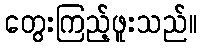
တွေးကြည့်ဖူးသည်။